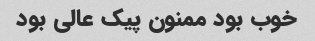
خوب بود ممنون پیک عالی بود